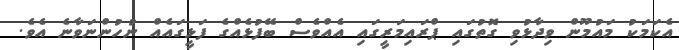
އެކަމަކު މައުމޫން ވިދާޅުވި ގޮތުގައި ޕްރައިމަރީގައި އެއްވެސް ބޭފުޅެއްގެ ފަޅީގައެއް ނުހުންނަވާނެ އެވެ.